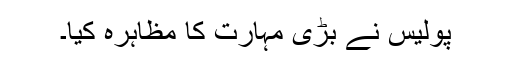
پولیس نے بڑی مہارت کا مظاہرہ کیا۔